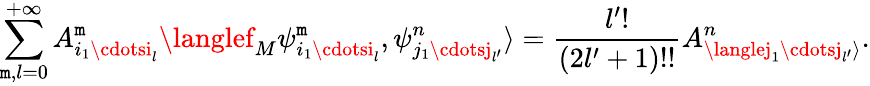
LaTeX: \sum_{\mathtt{m},l=0}^{+\infty}A_{i_{1}\cdotsi_{l}}^{\mathtt{m}}\langlef_{M}\psi_{i_{1}\cdotsi_{l}}^{\mathtt{m}},\psi_{j_{1}\cdotsj_{l^{\prime}}}^{n}\rangle=\frac{{l^{\prime}!}}{{(2l^{\prime}+1)!!}}A_{\langlej_{1}\cdotsj_{l^{\prime}}\rangle}^{n}.